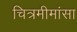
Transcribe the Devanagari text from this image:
चित्रमीमांसा